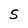
Character: S